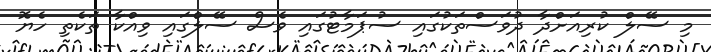
މި ސޭލް ކުރިއަށްދާ ދުވަސްތަކުގައި ސުޕަމާޓުގައި ވެސް ސޭލްގައި ވިއްކާ ތަކެތި ހެޔޮ